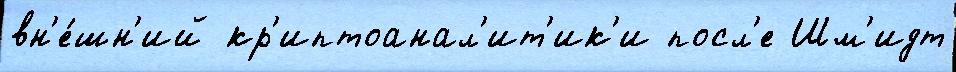
вн'е́шн'ий кр'иптоанал'ит'ик'и посл'е Шм'идт